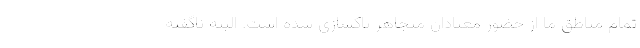
تمام مناطق ما از حضور معتادان متجاهر پاکسازی شده است. البته ناگفته